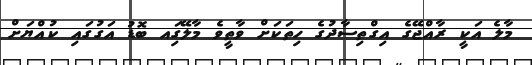
މާލެ އަކީ ރާއްޖޭގެ އިގްތިސާދުގެ ހިތަކަށް ވާތީވެ މާލޭގަިއ ބޮޑު އަގުގައި ކުއްޔަށް